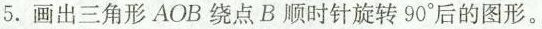
5.画出三角形AOB绕点B顺时针旋转90°后的图形。